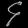
Digit: ၄